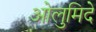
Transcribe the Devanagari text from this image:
ओलुमिदे